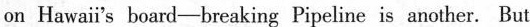
on Hawai's board-breaking Pipelinc is anotl er. But